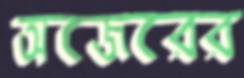
অজেরের